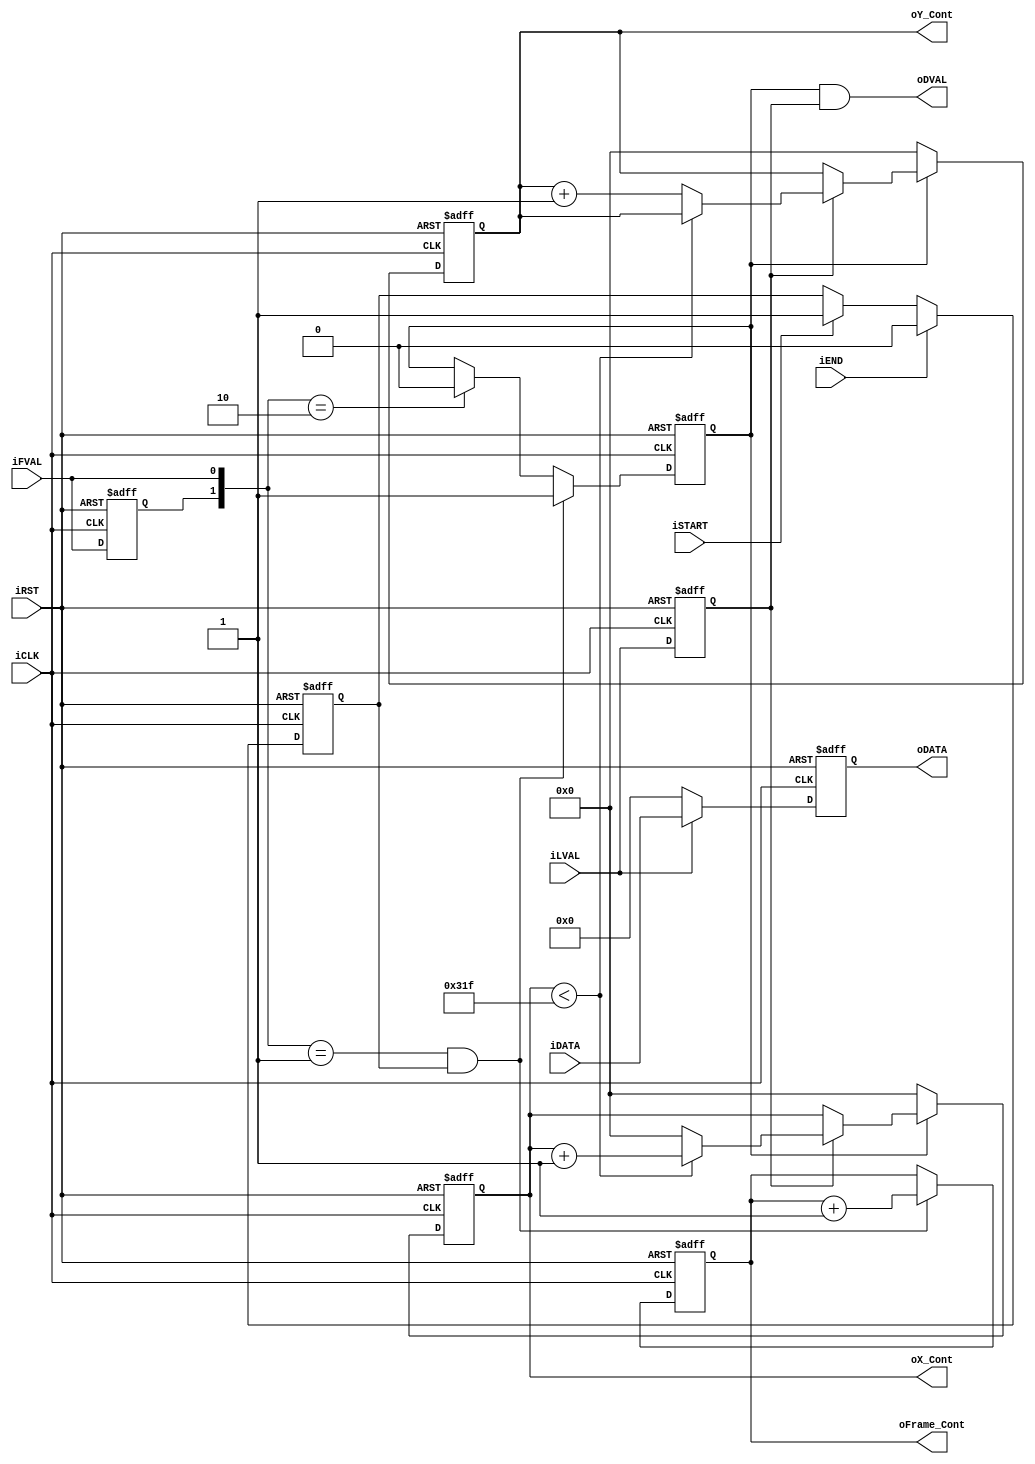
module CCD_Capture(	oDATA,
					oDVAL,
					oX_Cont,
					oY_Cont,
					oFrame_Cont,
					iDATA,
					iFVAL,
					iLVAL,
					iSTART,
					iEND,
					iCLK,
					iRST
					);
					
input	[11:0]	iDATA;
input			iFVAL;
input			iLVAL;
input			iSTART;
input			iEND;
input			iCLK;
input			iRST;
output	[11:0]	oDATA;
output	[15:0]	oX_Cont;
output	[15:0]	oY_Cont;
output	[31:0]	oFrame_Cont;
output			oDVAL;
reg				Pre_FVAL;
reg				mCCD_FVAL;
reg				mCCD_LVAL;
reg		[11:0]	mCCD_DATA;
reg		[15:0]	X_Cont;
reg		[15:0]	Y_Cont;
reg		[31:0]	Frame_Cont;
reg				mSTART;

`ifdef VGA_640x480p60
parameter COLUMN_WIDTH = 1280;
`else
parameter COLUMN_WIDTH = 800;
`endif  

assign	oX_Cont		=	X_Cont;
assign	oY_Cont		=	Y_Cont;
assign	oFrame_Cont	=	Frame_Cont;
assign	oDATA		=	mCCD_DATA;
assign	oDVAL		=	mCCD_FVAL&mCCD_LVAL;

always@(posedge iCLK or negedge iRST)
begin
	if(!iRST)
	mSTART	<=	0;
	else
	begin
		if(iSTART)
		mSTART	<=	1;
		if(iEND)
		mSTART	<=	0;		
	end
end

always@(posedge iCLK or negedge iRST)
begin
	if(!iRST)
	begin
		Pre_FVAL	<=	0;
		mCCD_FVAL	<=	0;
		mCCD_LVAL	<=	0;

		X_Cont		<=	0;
		Y_Cont		<=	0;
	end
	else
	begin
		Pre_FVAL	<=	iFVAL;
		if( ({Pre_FVAL,iFVAL}==2'b01) && mSTART )
		mCCD_FVAL	<=	1;
		else if({Pre_FVAL,iFVAL}==2'b10)
		mCCD_FVAL	<=	0;
		mCCD_LVAL	<=	iLVAL;
		if(mCCD_FVAL)
		begin
			if(mCCD_LVAL)
			begin
				if(X_Cont<(COLUMN_WIDTH-1))
				X_Cont	<=	X_Cont+1;
				else
				begin
					X_Cont	<=	0;
					Y_Cont	<=	Y_Cont+1;
				end
			end
		end
		else
		begin
			X_Cont	<=	0;
			Y_Cont	<=	0;
		end
	end
end

always@(posedge iCLK or negedge iRST)
begin
	if(!iRST)
	Frame_Cont	<=	0;
	else
	begin
		if( ({Pre_FVAL,iFVAL}==2'b01) && mSTART )
		Frame_Cont	<=	Frame_Cont+1;
	end
end

always@(posedge iCLK or negedge iRST)
begin
	if(!iRST)
		mCCD_DATA	<=	0;
	else if (iLVAL)
		mCCD_DATA	<=	iDATA;
	else
		mCCD_DATA	<=	0;	
end			

reg	ifval_dealy;

wire ifval_fedge;	
reg	[15:0]	y_cnt_d;


always@(posedge iCLK or negedge iRST)
begin
	if(!iRST)
		y_cnt_d	<=	0;
	else
		y_cnt_d	<=	Y_Cont;	
end


always@(posedge iCLK or negedge iRST)
begin
	if(!iRST)
		ifval_dealy	<=	0;
	else
		ifval_dealy	<=	iFVAL;	
end

assign ifval_fedge = ({ifval_dealy,iFVAL}==2'b10)?1:0;  


endmodule